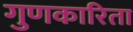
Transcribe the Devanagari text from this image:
गुणकारिता